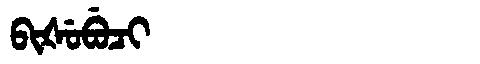
Manchu: ᠪᡳᡧᡠᠪᡠᠴᡳ
Romanization: BIŠUBUCI